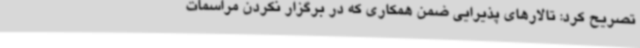
تصریح کرد: تالارهای پذیرایی ضمن همکاری که در برگزار نکردن مراسمات